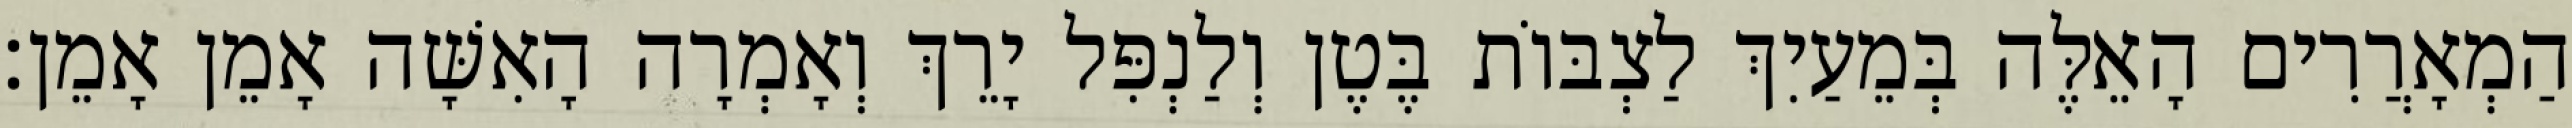
הַמְאָרֲרִים הָאֵלֶּה בְּמֵעַיִךְ לַצְבּוֹת בֶּטֶן וְלַנְפִּל יָרֵךְ וְאָמְרָה הָאִשָּׁה אָמֵן אָמֵן׃